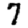
Digit: 7